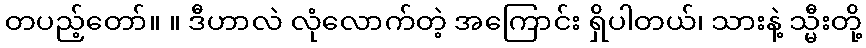
တပည့်တော်။ ။ ဒီဟာလဲ လုံလောက်တဲ့ အကြောင်း ရှိပါတယ်၊ သားနဲ့ သ္မီးတို့